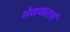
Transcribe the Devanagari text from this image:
शेणखताचं